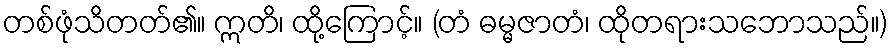
တစ်ဖုံသိတတ်၏။ ဣတိ၊ ထို့ကြောင့်။ (တံ ဓမ္မဇာတံ၊ ထိုတရားသဘောသည်။)